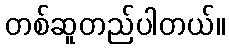
တစ်ဆူတည်ပါတယ်။